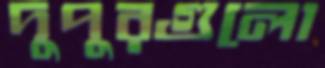
দুপুরগুলো